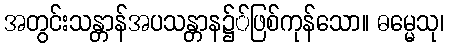
အတွင်းသန္တာန်အပသန္တာန၌်ဖြစ်ကုန်သော။ ဓမ္မေသု၊